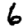
Digit: 6